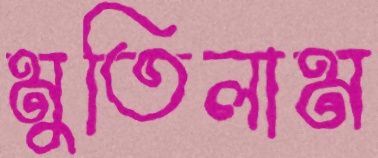
মুতিলাম